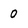
Character: 0